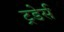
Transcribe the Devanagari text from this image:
ट्रडेर्स